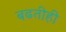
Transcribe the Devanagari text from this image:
बढतीही